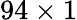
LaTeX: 94\times 1